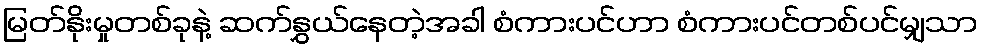
မြတ်နိုးမှုတစ်ခုနဲ့ ဆက်နွှယ်နေတဲ့အခါ စံကားပင်ဟာ စံကားပင်တစ်ပင်မျှသာ